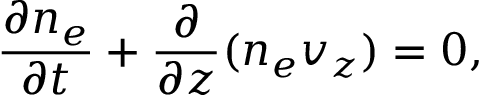
\frac { \partial n _ { e } } { \partial t } + \frac { \partial } { \partial z } ( n _ { e } v _ { z } ) = 0 ,